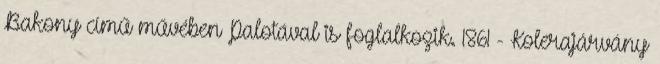
Bakony című művében Palotával is foglalkozik. 1861 - Kolerajárvány